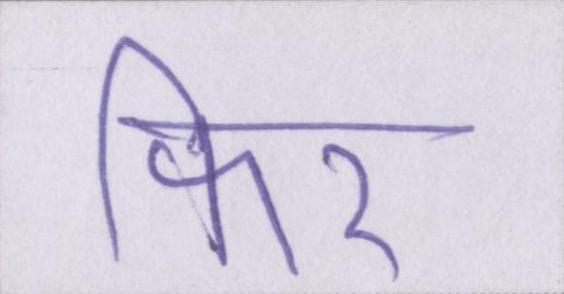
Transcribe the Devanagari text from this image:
फिर